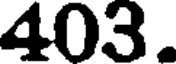
403.